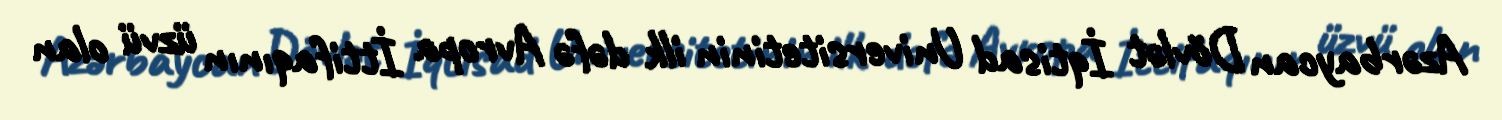
Azərbaycan Dövlət İqtisad Universitetinin ilk dəfə Avropa İttifaqının üzvü olan